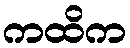
ကထိက